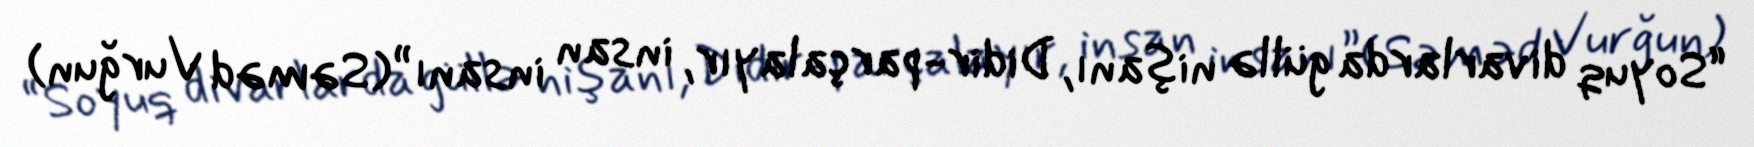
“Soyuq divarlarda güllə nişanı, Didir-parçalayır, insan insanı”(Səməd Vurğun)